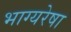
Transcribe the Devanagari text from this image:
भाग्यरेषा